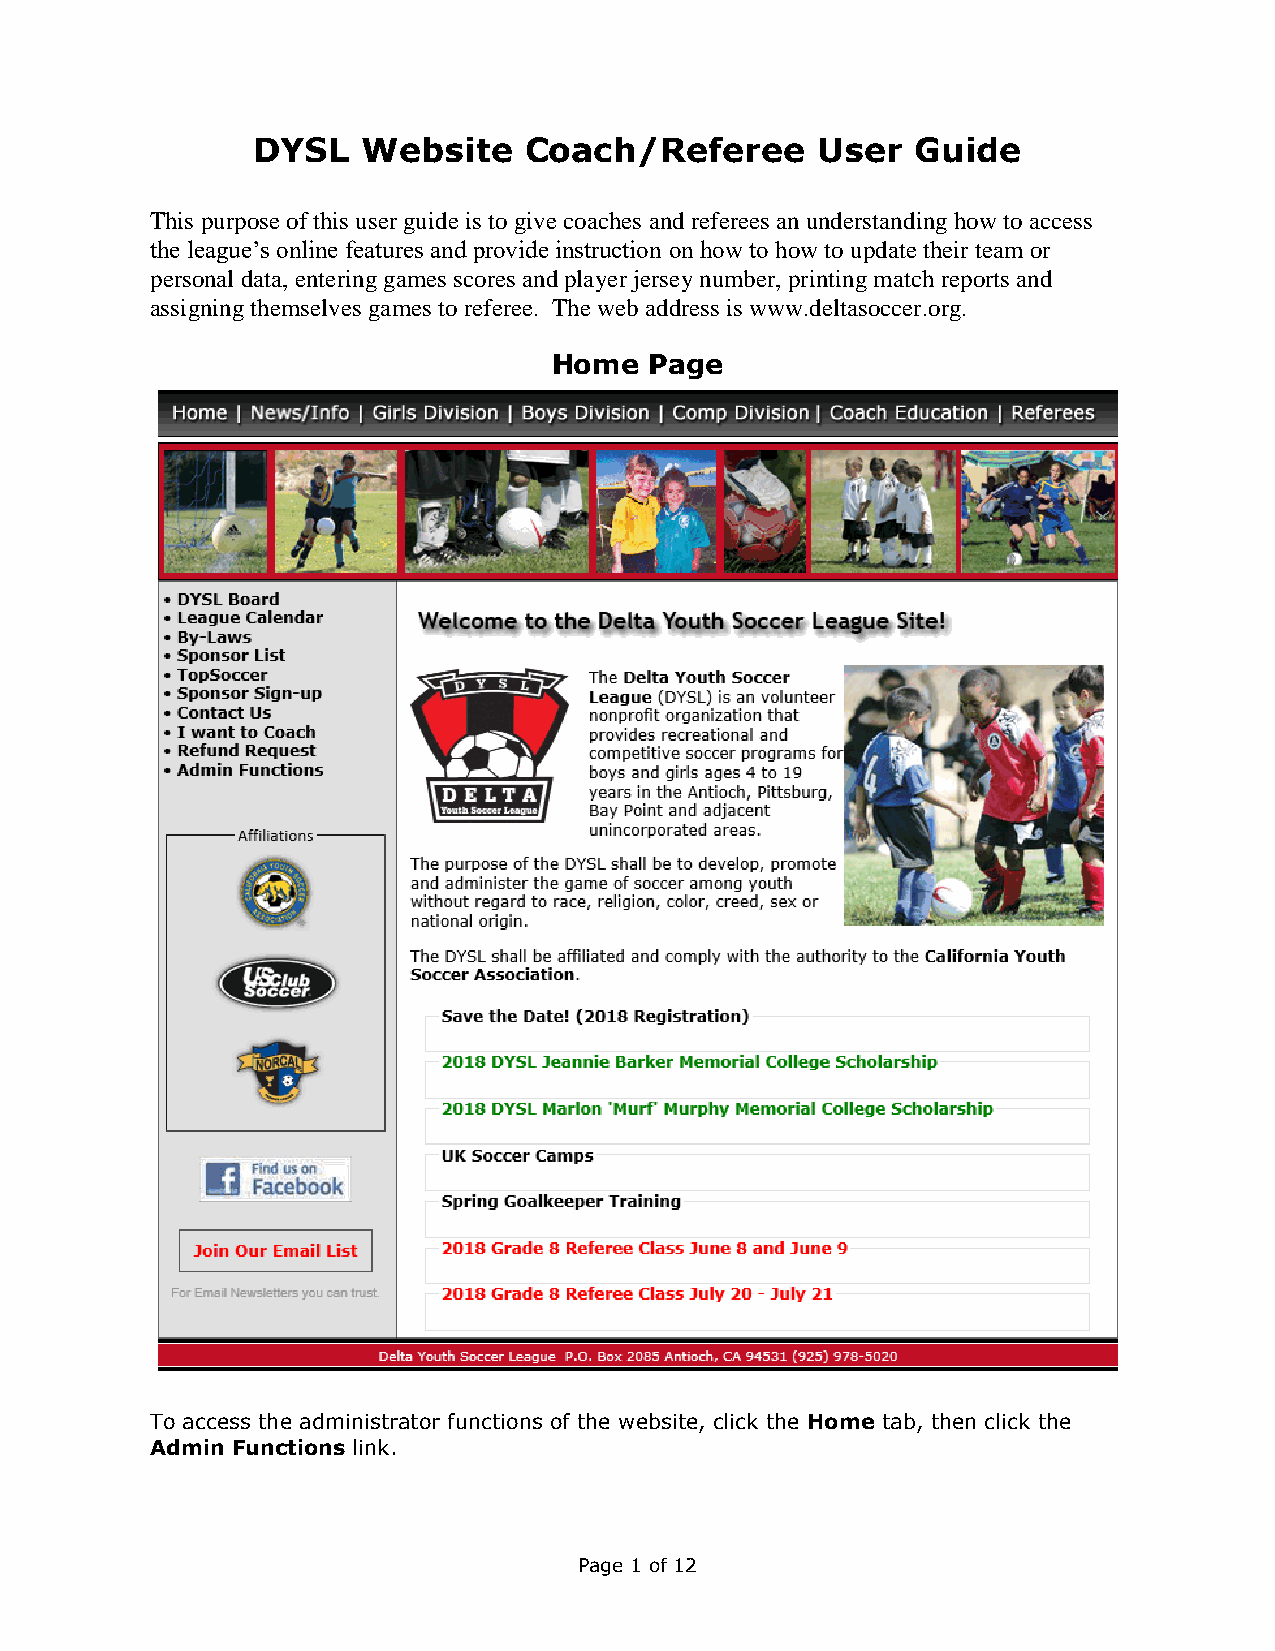
DYSL   Website    Coach/Referee      User   Guide
 This purpose of this user guide is to give coaches and referees an understanding how to access
 the league’s online features and provide instruction on how to how to update their team or
 personal data, entering games scores and player jersey number, printing match reports and
 assigning themselves games to referee. The web address is www.deltasoccer.org.
 Home  Page
 To access the administrator functions of the website, click the Home tab, then click the
 Admin Functions link.
 Page 1 of 12